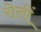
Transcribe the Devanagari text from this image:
रोलीं